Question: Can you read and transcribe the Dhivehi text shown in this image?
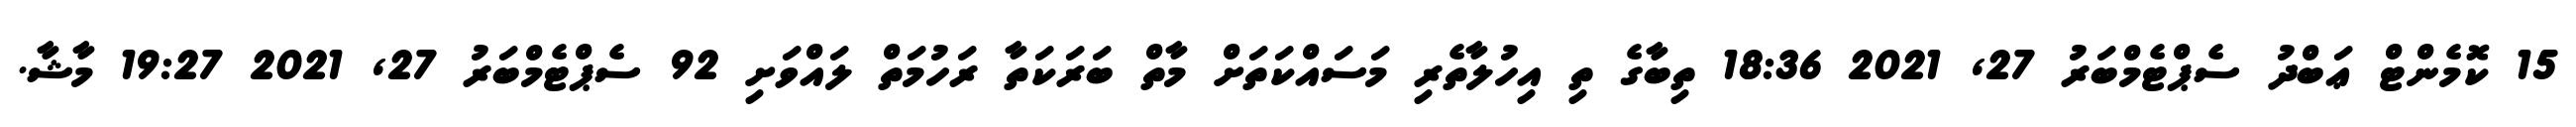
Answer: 15 ކޮމެންޓް ޢަބްދު ސެޕްޓެމްބަރު 27, 2021 18:36 ތިބާގެ ތި އިހުލާތެރި މަސައްކަތަށް މާތް ބަރަކަތާ ރަހުމަތް ލައްވަށި 92 ސެޕްޓެމްބަރު 27, 2021 19:27 މާޝާ.